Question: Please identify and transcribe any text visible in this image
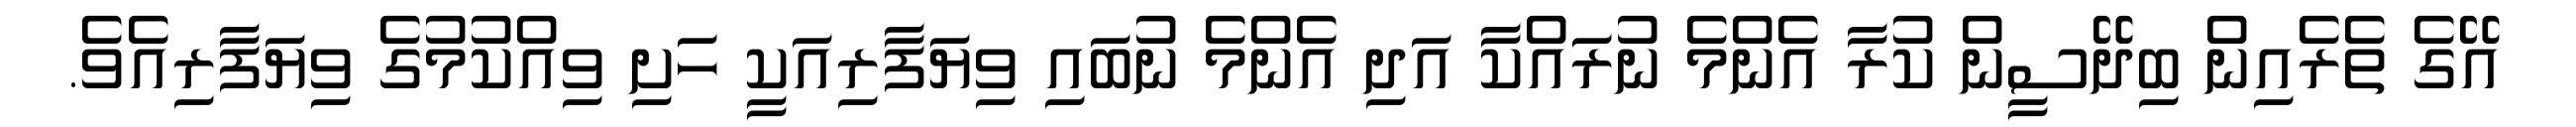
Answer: އޭގެ ތެރެއިން ބިދޭސީން ކުރާ އެންމެ ނުރައްކާ އަދި އެންމެ ނުބައި ވިޔަފާރިއަކީ ހަށި ވިއްކުމުގެ ވިޔަފާރިއެވެ.